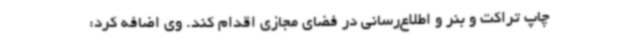
چاپ تراکت و بنر و اطلاع‌رسانی در فضای مجازی اقدام کند. وی اضافه کرد: